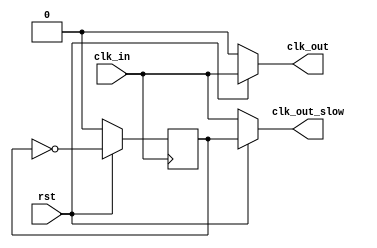
module clk_unit(
				input clk_in,
				input rst,
				output clk_out,
				output clk_out_slow
				);
	
	reg clk_slow_reg;
	assign clk_out = (rst == 1) ? clk_in : 1'b0;
	assign clk_out_slow = (rst == 1) ? clk_slow_reg : clk_in;
	
	always @(posedge clk_in)
		begin
			if(!rst)
				clk_slow_reg <= 1'b0;
			else
				clk_slow_reg <= ~clk_slow_reg;
		end

endmodule